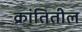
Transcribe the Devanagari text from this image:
क्रांतितील